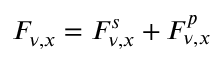
F _ { \nu , x } = F _ { \nu , x } ^ { s } + F _ { \nu , x } ^ { p }